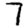
Digit: 7